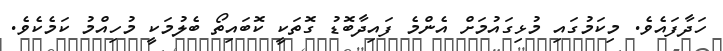
ހަދާފައެވެ. މިކަމުގައި މުޅިގައުމަށް އެންމެ ފައިދާބޮޑު ގޮތަކީ ކޮބައިތޯ ބެލުމަކީ މުހިއްމު ކަމެކެވެ.